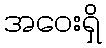
အဝေးရှိ